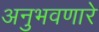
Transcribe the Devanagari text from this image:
अनुभवणारे